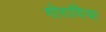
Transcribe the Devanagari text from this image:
गोरादिया